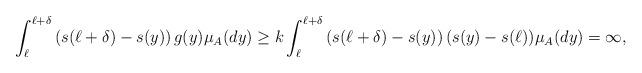
LaTeX: \begin{align*}\int_{\ell}^{\ell+\delta}\left(s(\ell+\delta)-s(y)\right) g(y)\mu_A(dy)\geq k\int_{\ell}^{\ell+\delta}\left(s(\ell+\delta)-s(y)\right)(s(y)-s(\ell)) \mu_A(dy) =\infty,\end{align*}